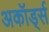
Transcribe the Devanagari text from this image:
अकॉर्ड्स